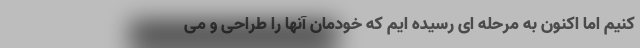
کنیم اما اکنون به مرحله ای رسیده ایم که خودمان آنها را طراحی و می